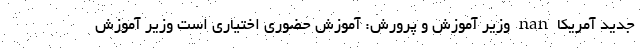
جدید آمریکا nan وزیر آموزش و پرورش: آموزش حضوری اختیاری است وزیر آموزش